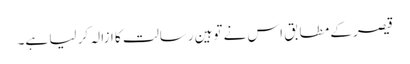
قیصر کے مطابق اس نے توہین رسالت کا ازالہ کر لیا ہے۔